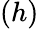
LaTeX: (h)